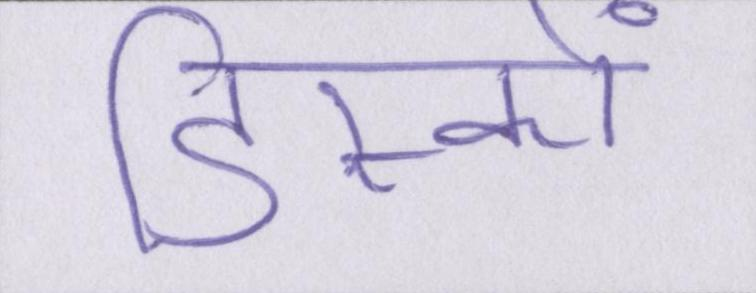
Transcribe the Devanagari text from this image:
डिस्कों